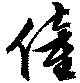
僮